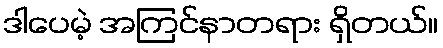
ဒါပေမဲ့ အကြင်နာတရား ရှိတယ်။